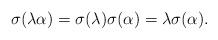
LaTeX: \begin{align*}\sigma(\lambda\alpha)=\sigma(\lambda)\sigma(\alpha)=\lambda\sigma(\alpha).\end{align*}